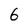
Character: 6